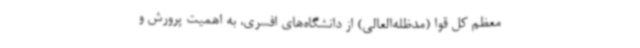
معظم کل قوا (مدظله‌العالی) از دانشگاه‌های افسری، به اهمیت پرورش و